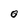
Character: 0